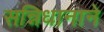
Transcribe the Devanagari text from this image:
सन्निधानाने